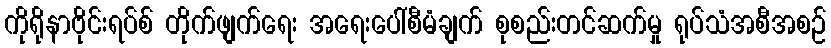
ကိုရိုနာဗိုင်းရပ်စ် တိုက်ဖျက်ရေး အရေးပေါ်စီမံချက် စုစည်းတင်ဆက်မှု ရုပ်သံအစီအစဉ်